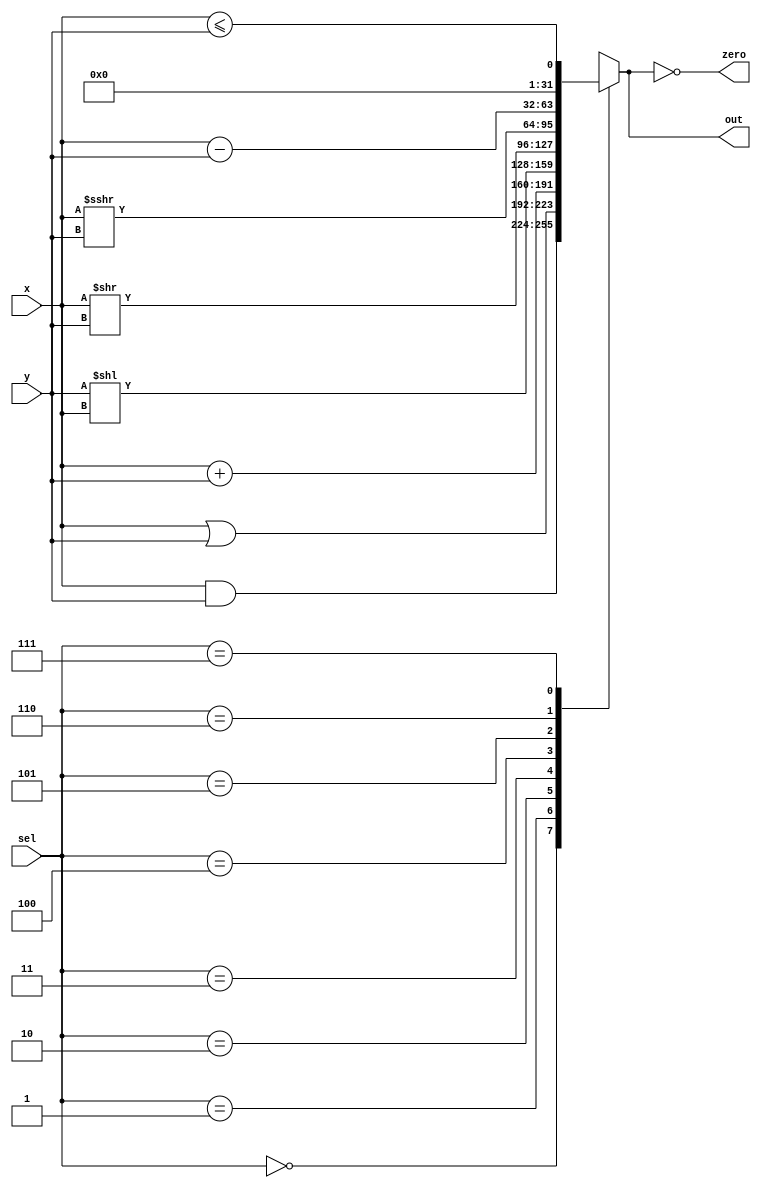
`timescale 1ns / 1ps
//////////////////////////////////////////////////////////////////////////////////
// Company: 
// Engineer: 
// 
// Design Name: 
// Module Name: ALU
// Project Name: 
// Target Devices: 
// Tool Versions: 
// Description: 
// 
// Dependencies: 
// 
// Revision:
// Revision 0.01 - File Created
// Additional Comments:
// 
//////////////////////////////////////////////////////////////////////////////////


module ALU #(parameter WL = 32)(
input signed [WL-1:0] x, input signed [WL-1:0] y, input [2:0] sel, output reg signed [WL-1:0] out, output reg zero
    );
    always @(*) begin
        case (sel)
            3'b000: out <= x&y; // and
            3'b001: out <= x|y; // or
            3'b010: out <= x+y; // add
            3'b011: out <= y << x;  // sll
            3'b100: out <= x >> y;  // srl
            3'b101: out <= x >>> y; // sra
            3'b110: out <= x-y; // sub
            3'b111: out <= (x<=y);  // slt
        endcase
        zero <= (out == 32'h00000000);
    end
endmodule